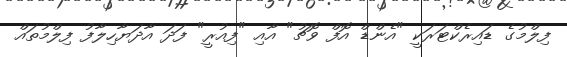
ފިލްމުގެ ޑައިރެކްޓަރަކީ "އެންޑް އޮފް ވޮޗު" އާއި "ފިއުރީ" ފަދަ އާދަޔާހިލާފު ފިލްމުތައް